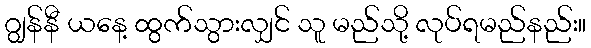
ဂျွန်နီ ယနေ့ ထွက်သွားလျှင် သူ မည်သို့ လုပ်ရမည်နည်း။